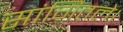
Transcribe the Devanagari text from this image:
सांगितले।